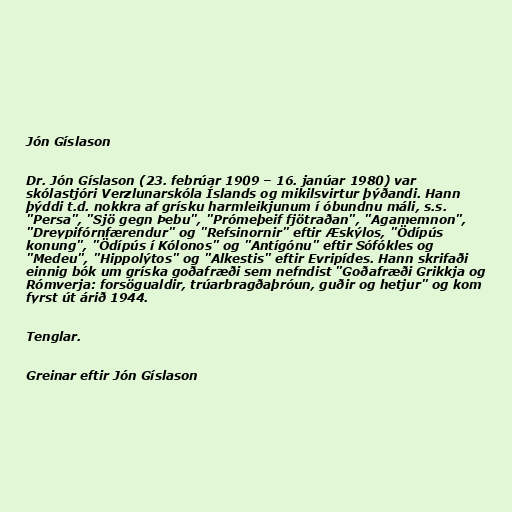
Jón Gíslason

Dr. Jón Gíslason (23. febrúar 1909 – 16. janúar 1980) var
skólastjóri Verzlunarskóla Íslands og mikilsvirtur þýðandi. Hann
þýddi t.d. nokkra af grísku harmleikjunum í óbundnu máli, s.s.
"Persa", "Sjö gegn Þebu", "Prómeþeif fjötraðan", "Agamemnon",
"Dreypifórnfærendur" og "Refsinornir" eftir Æskýlos, "Ödípús
konung", "Ödípús í Kólonos" og "Antígónu" eftir Sófókles og
"Medeu", "Hippolýtos" og "Alkestis" eftir Evripídes. Hann skrifaði
einnig bók um gríska goðafræði sem nefndist "Goðafræði Grikkja og
Rómverja: forsögualdir, trúarbragðaþróun, guðir og hetjur" og kom
fyrst út árið 1944.

Tenglar.

Greinar eftir Jón Gíslason